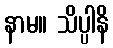
နာမ။ သိပ္ပါနိ